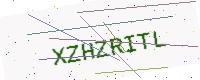
Text: XZHZRITL